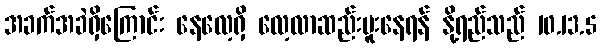
အခက်အခဲရှိကြောင်း နေလေ့ရှိ လေ့လာဆည်းပူးနေရန် နို့ရည်သည် 10.13.5